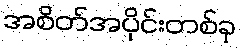
အစိတ်အပိုင်းတစ်ခု